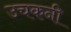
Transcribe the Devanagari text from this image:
उचकनी